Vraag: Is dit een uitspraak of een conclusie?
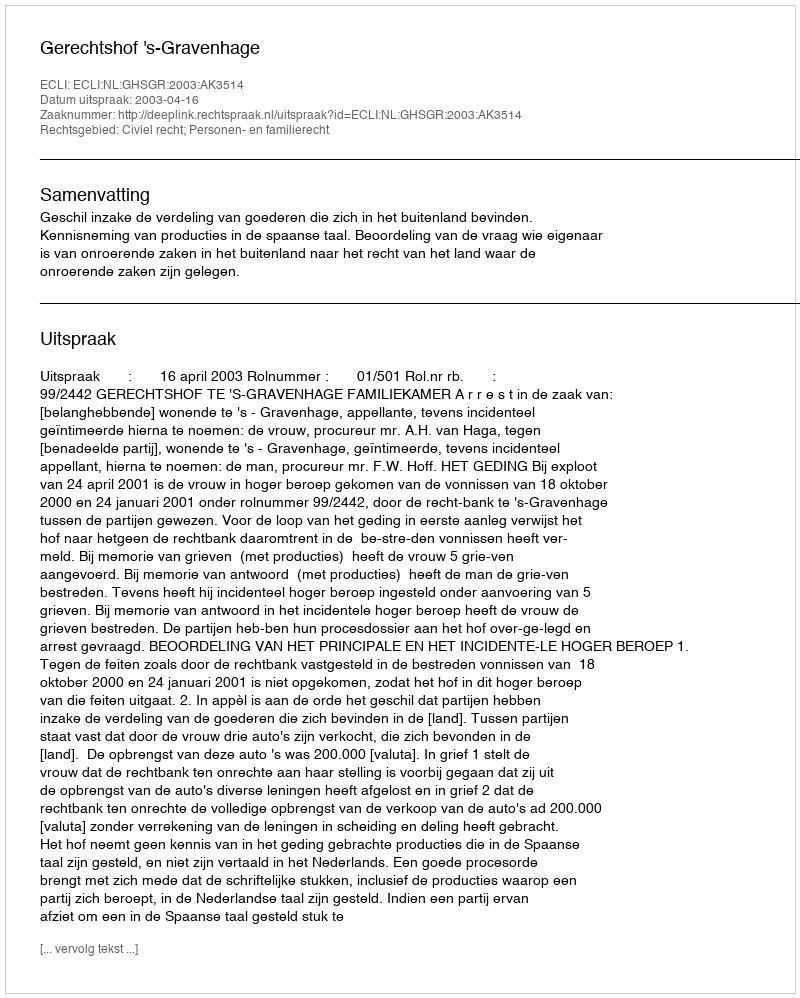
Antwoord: Uitspraak